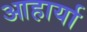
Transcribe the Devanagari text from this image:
आहार्या